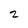
Character: 2